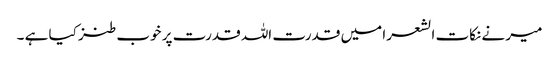
میر نے نکات الشعرا میں قدرت اللہ قدرت پر خوب طنز کیا ہے ۔